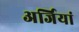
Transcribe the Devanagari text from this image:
अर्जियां